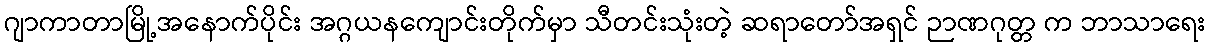
ဂျာကာတာမြို့အနောက်ပိုင်း အဂ္ဂယနကျောင်းတိုက်မှာ သီတင်းသုံးတဲ့ ဆရာတော်အရှင် ဉာဏဂုတ္တ က ဘာသာရေး